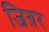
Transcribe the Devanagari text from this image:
जिग़र